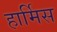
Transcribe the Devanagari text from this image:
हार्मिस